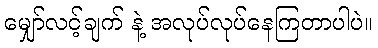
မျှော်လင့်ချက် နဲ့ အလုပ်လုပ်နေကြတာပါပဲ။